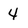
Character: 4